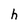
Character: h